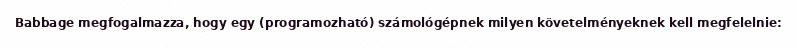
Babbage megfogalmazza, hogy egy (programozható) számológépnek milyen követelményeknek kell megfelelnie: